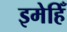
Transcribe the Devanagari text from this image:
इमेहिँ